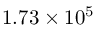
1 . 7 3 \times 1 0 ^ { 5 }